Bombay plague: being a history of the progress of plague in the Bombay presidency from September 1896 to June 1899
Year: 1896
Disease focus: Plague
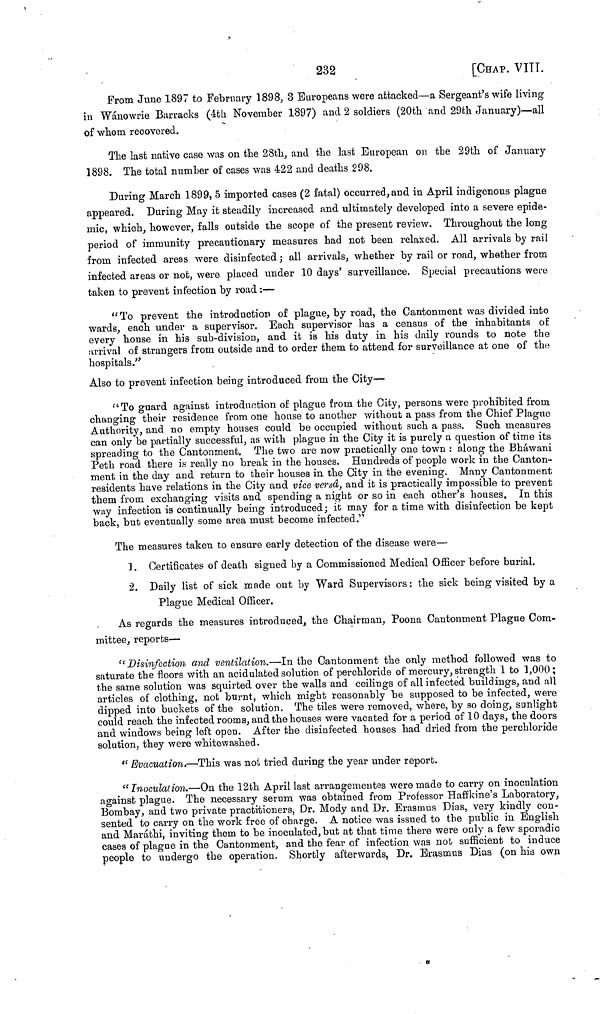
232
[CHAP. VIII.
From June 1897 to February 1898, 3 Europeans were attacked—a Sergeant's wife living
in Wánowrie Barracks (4th November 1897) and 2 soldiers (20th and 29th January)—all
of whom recovered.
The last native case was on the 28th, and the last European on the 29th of January
1898. The total number of cases was 422 and deaths 298.
During March 1899, 5 imported cases (2 fatal) occurred, and in April indigenous plague
appeared. During May it steadily increased and ultimately developed into a severe epide-
mic, which, however, falls outside the scope of the present review. Throughout the long
period of immunity precautionary measures had not been relaxed. All arrivals by rail
from infected areas were disinfected ; all arrivals, whether by rail or road, whether from
infected areas or not, were placed under 10 days' surveillance. Special precautions were
taken to prevent infection by road :—
"To prevent the introduction of plague, by road, the Cantonment was divided into
wards, each under a supervisor. Each supervisor has a census of the inhabitants of
every house in his sub-division, and it is his duty in his daily rounds to note the
arrival of strangers from outside and to order them to attend for surveillance at one of the
hospitals."
Also to prevent infection being introduced from the City—
"To guard against introduction of plague from the City, persons were prohibited from
changing their residence from one house to another without a pass from the Chief Plague
Authority, and no empty houses could be occupied without such a pass. Such measures
can only be partially successful, as with plague in the City it is purely a question of time its
spreading to the Cantonment. The two are now practically one town : along the Bháwani
Peth road there is really no break in the houses. Hundreds of people work in the Canton-
ment in the day and return to their houses in the City in the evening. Many Cantonment
residents have relations in the City and vice vereâ, and it is practically impossible to prevent
them from exchanging visits and spending a night or so in each other's houses. In this
way infection is continually being introduced; it may for a time with disinfection be kept
back, but eventually some area must become infected."
The measures taken to ensure early detection of the disease were—
1. Certificates of death signed by a Commissioned Medical Officer before burial.
2. Daily list of sick made out by Ward Supervisors : the sick being visited by a
Plague Medical Officer.
As regards the measures introduced, the Chairman, Poona Cantonment Plague Com-
mittee, reports—
"Disinfection and ventilation.—In the Cantonment the only method followed was to
saturate the floors with an acidulated solution of perchloride of mercury, strength 1 to 1,000;
the same solution was squirted over the walls and ceilings of all infected buildings, and all
articles of clothing, not burnt, which might reasonably be supposed to be infected, were
dipped into buckets of the solution. The tiles were removed, where, by so doing, sunlight
could reach the infected rooms, and the houses were vacated for a period of 10 days, the doors
and windows being left open. After the disinfected houses had dried from the perchloride
solution, they were whitewashed.
"Evacuation.—This was not tried during the year under report.
"Inoculation.—On the 12th April last arrangementes were made to carry on inoculation
against plague. The necessary serum was obtained from Professor Haffkine's Laboratory,
Bombay, and two private practitioners, Dr. Mody and Dr. Erasmus Dias, very kindly con-
sented to carry on the work free of charge. A notice was issued to the public in English
and Maráthi, inviting them to be inoculated, but at that time there were only a few sporadic
cases of plague in the Cantonment, and the fear of infection was not sufficient to induce
people to undergo the operation. Shortly afterwards, Dr. Erasmus Dias (on his own